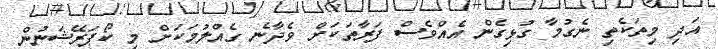
އަދި މިތަކެތި ނެގުމާ ގުޅިގެން އެއްވެސް ފަރާތަކަށް ވެދާނެ ގެއްލުމަކަށް މި ކޯޕަރޭޝަނުން